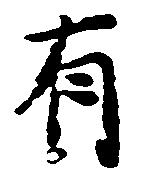
有